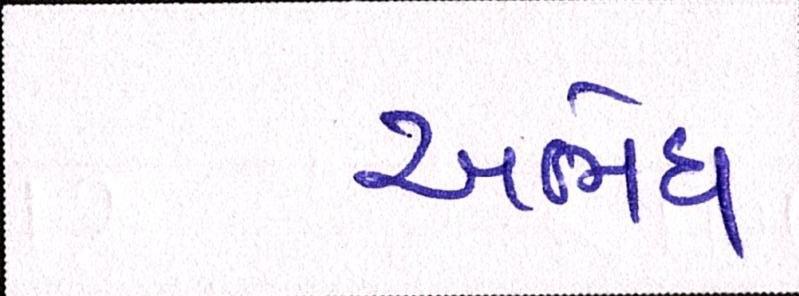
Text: અભેધ